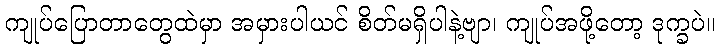
ကျုပ်ပြောတာတွေထဲမှာ အမှားပါယင် စိတ်မရှိပါနဲ့ဗျာ၊ ကျုပ်အဖို့တော့ ဒုက္ခပဲ။